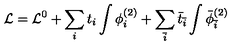
{ \cal L } = { \cal L } ^ { 0 } + \sum _ { i } t _ { i } \int \phi _ { i } ^ { ( 2 ) } + \sum _ { \bar { i } } { \bar { t } } _ { \bar { i } } \int { \bar { \phi } } _ { \bar { i } } ^ { ( 2 ) }